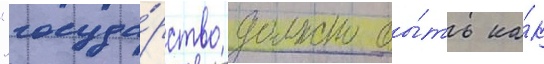
"госуда́рство должно бы́ть ка́к